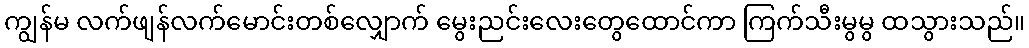
ကျွန်မ လက်ဖျန်လက်မောင်းတစ်လျှောက် မွေးညင်းလေးတွေထောင်ကာ ကြက်သီးမွမွ ထသွားသည်။